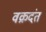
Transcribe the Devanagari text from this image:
वक्रदंत